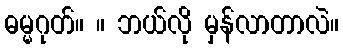
ဓမ္မဂုတ်။ ။ ဘယ်လို မှန်လာတာလဲ။